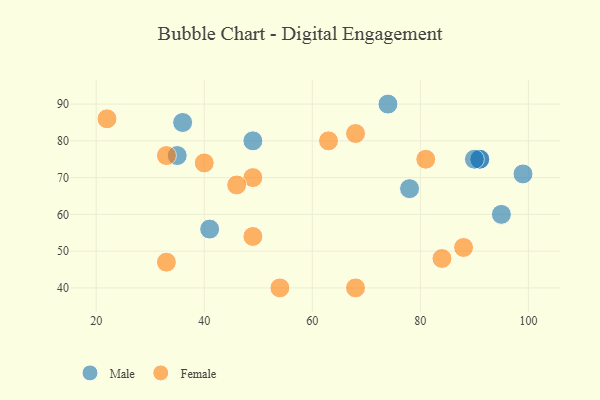
{"axis": {"x": "GDP", "y": "Life Expectancy"}, "legend": ["Female", "Male"], "data": [{"x": "91", "y": 75, "type": "Male"}, {"x": "95", "y": 60, "type": "Male"}, {"x": "91", "y": 75, "type": "Male"}, {"x": "36", "y": 85, "type": "Male"}, {"x": "90", "y": 75, "type": "Male"}, {"x": "78", "y": 67, "type": "Male"}, {"x": "49", "y": 80, "type": "Male"}, {"x": "99", "y": 71, "type": "Male"}, {"x": "74", "y": 90, "type": "Male"}, {"x": "41", "y": 56, "type": "Male"}, {"x": "35", "y": 76, "type": "Male"}, {"x": "63", "y": 80, "type": "Female"}, {"x": "33", "y": 76, "type": "Female"}, {"x": "68", "y": 40, "type": "Female"}, {"x": "54", "y": 40, "type": "Female"}, {"x": "88", "y": 51, "type": "Female"}, {"x": "81", "y": 75, "type": "Female"}, {"x": "49", "y": 70, "type": "Female"}, {"x": "33", "y": 47, "type": "Female"}, {"x": "84", "y": 48, "type": "Female"}, {"x": "49", "y": 54, "type": "Female"}, {"x": "46", "y": 68, "type": "Female"}, {"x": "22", "y": 86, "type": "Female"}, {"x": "68", "y": 82, "type": "Female"}, {"x": "40", "y": 74, "type": "Female"}]}